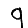
Digit: 9